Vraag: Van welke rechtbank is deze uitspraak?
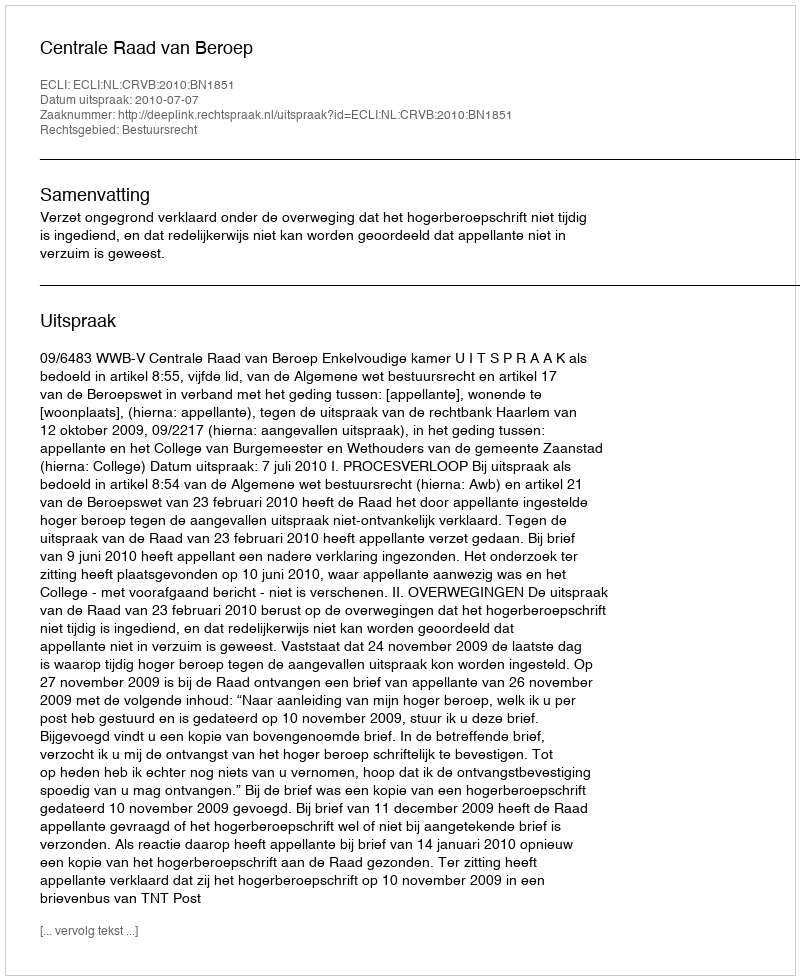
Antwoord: Centrale Raad van Beroep